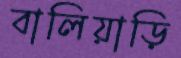
বালিয়াড়ি